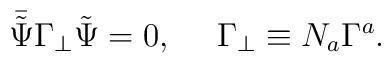
\bar{\tilde{\Psi}} \Gamma_\bot \tilde{\Psi}  = 0, ~~~~ \Gamma_\bot \equiv N_a \Gamma^a.